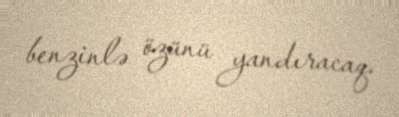
benzinlə özünü yandıracaq.